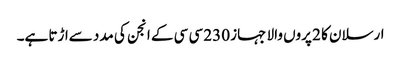
ارسلان کا 2 پروں والا جہاز 230 سی سی کے انجن کی مدد سےاڑتا ہے۔